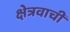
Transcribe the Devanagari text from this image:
क्षेत्रवाची